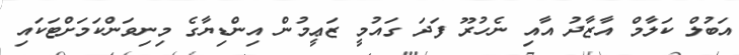
އަބުލް ކަލާމް އާޒާދު އާއި ނެހުރޫ ފަދަ ގައުމީ ޒަޢީމުން އިންޑިޔާގެ މިނިވަންކަމަށްޓަކައި